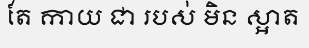
តែ កាយ ជា របស់ មិន ស្អាត